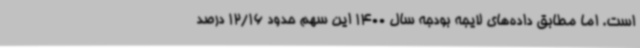
است. اما مطابق داده‌های لایجه بودجه سال 1400 این سهم حدود 12/16 درصد